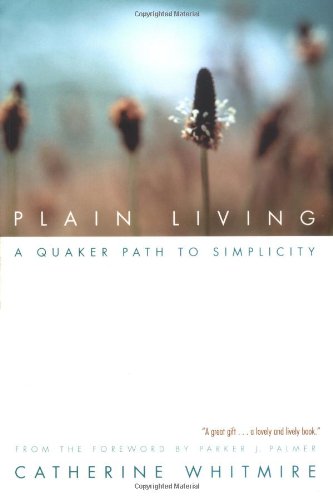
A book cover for Plain Living: A Quaker Path to Simplicity; Catherine Whitmire; Christian Books & Bibles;